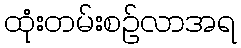
ထုံးတမ်းစဉ်လာအရ